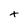
Character: t